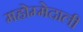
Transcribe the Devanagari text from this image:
महोम्मेदाली